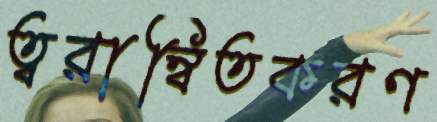
ত্বরান্বিতকরণ